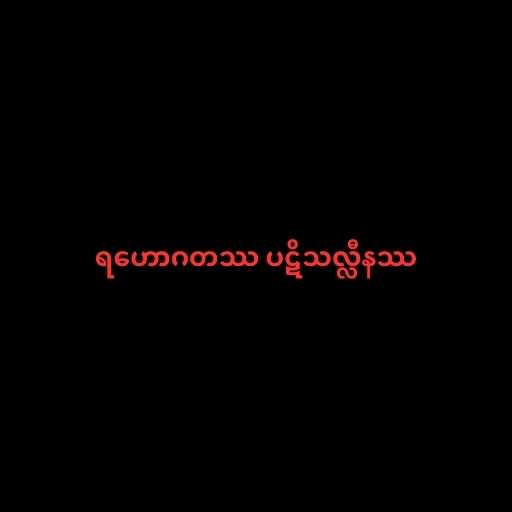
ရဟောဂတဿ ပဋိသလ္လီနဿ